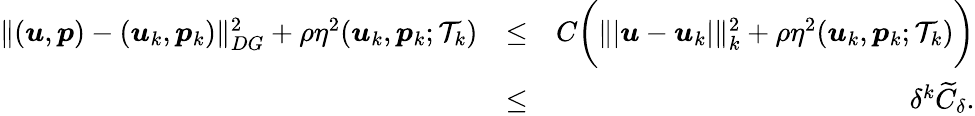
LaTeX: \begin{array}{rlr}{\| (\boldsymbol{u},\boldsymbol{p})-(\boldsymbol{u}_{k},\boldsymbol{p}_{k})\| _{DG}^{2}+\rho\eta^{2}(\boldsymbol{u}_{k},\boldsymbol{p}_{k};\mathcal{T}_{k})}&{\leq}&{C\bigg(\| \vert\boldsymbol{u}-\boldsymbol{u}_{k}\vert\| _{k}^{2}+\rho\eta^{2}(\boldsymbol{u}_{k},\boldsymbol{p}_{k};\mathcal{T}_{k})\bigg)}\\ &{\leq}&{\delta^{k}\widetilde{C}_{\delta}.}\end{array}